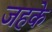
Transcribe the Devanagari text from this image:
जहके